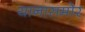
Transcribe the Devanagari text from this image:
यानासमोर